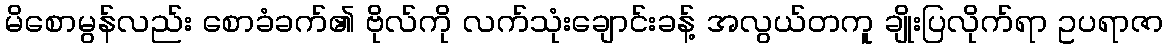
မိစောမွန်လည်း စောခံခက်၏ ဗိုလ်ကို လက်သုံးချောင်းခန့် အလွယ်တကူ ချိုးပြလိုက်ရာ ဥပရာဇာ